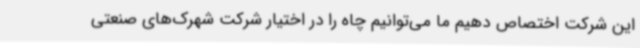
این شرکت اختصاص دهیم ما می‌توانیم چاه را در اختیار شرکت شهرک‌های صنعتی